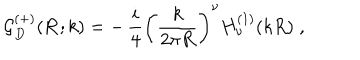
{ \mathcal G } _ { { D } } ^ { ( + ) } ( { \bf R } ; k ) = - \, \frac { i } { 4 } \left( \frac { k } { 2 \pi R } \right) ^ { \nu } H _ { \nu } ^ { ( 1 ) } ( k R ) \; ,